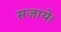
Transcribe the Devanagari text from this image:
सजाये।